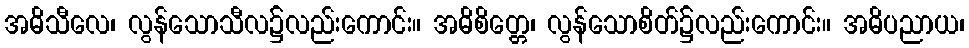
အဓိသီလေ၊ လွန်သောသီလ၌လည်းကောင်း။ အဓိစိတ္တေ၊ လွန်သောစိတ်၌လည်းကောင်း။ အဓိပညာယ၊